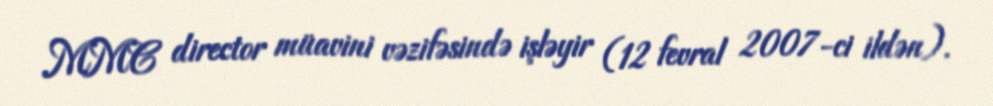
MMC director müavini vəzifəsində işləyir (12 fevral 2007-ci ildən).